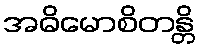
အဓိမောစိတန္တိ